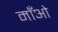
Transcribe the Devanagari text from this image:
माँओ